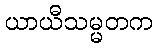
ယာယီသမ္မတက